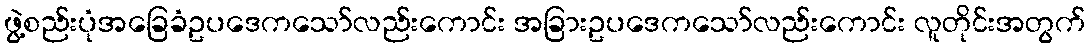
ဖွဲ့စည်းပုံအခြေခံဥပဒေကသော်လည်းကောင်း အခြားဥပဒေကသော်လည်းကောင်း လူတိုင်းအတွက်